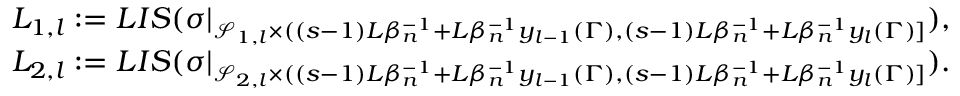
\begin{array} { r } { L _ { 1 , l } : = L I S ( \sigma | _ { \mathcal { S } _ { 1 , l } \times ( ( s - 1 ) L \beta _ { n } ^ { - 1 } + L \beta _ { n } ^ { - 1 } y _ { l - 1 } ( \Gamma ) , ( s - 1 ) L \beta _ { n } ^ { - 1 } + L \beta _ { n } ^ { - 1 } y _ { l } ( \Gamma ) ] } ) , } \\ { L _ { 2 , l } : = L I S ( \sigma | _ { \mathcal { S } _ { 2 , l } \times ( ( s - 1 ) L \beta _ { n } ^ { - 1 } + L \beta _ { n } ^ { - 1 } y _ { l - 1 } ( \Gamma ) , ( s - 1 ) L \beta _ { n } ^ { - 1 } + L \beta _ { n } ^ { - 1 } y _ { l } ( \Gamma ) ] } ) . } \end{array}